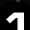
Digit: 1